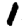
Digit: 1